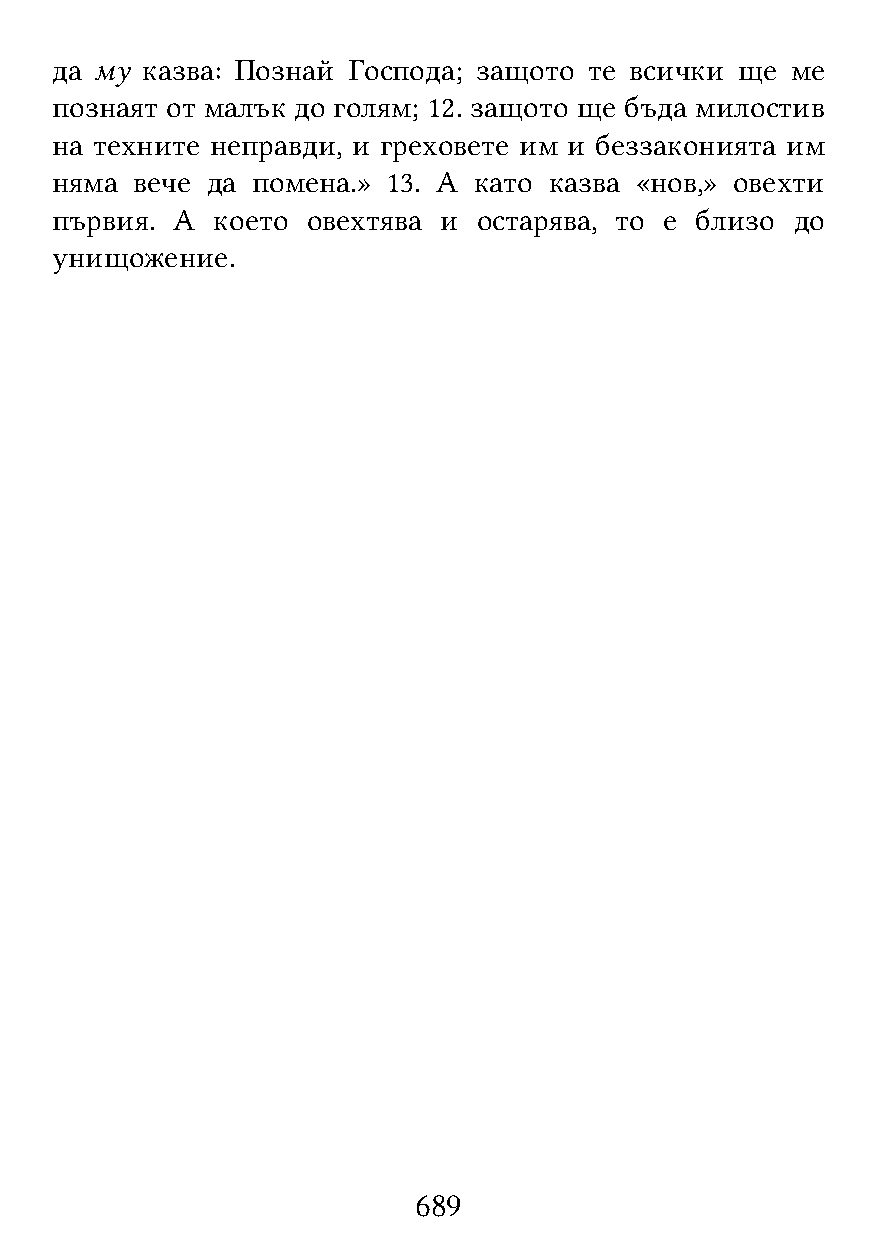
да му казва: Познай Господа; защото те всички ще ме
 познаят от малък до голям; 12. защото ще бъда милостив
 на техните неправди, и греховете им и беззаконията им
 няма  вече да помена.» 13. А като казва «нов,» овехти
 първия. А  което овехтява и  остарява, то е близо до
 унищожение.
 689